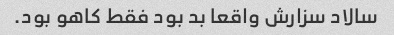
سالاد سزارش واقعا بد بود فقط کاهو بود.